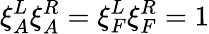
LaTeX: \xi_{A}^{L}\xi_{A}^{R}=\xi_{F}^{L}\xi_{F}^{R}=1